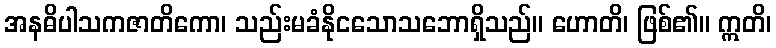
အနဓိပါသကဇာတိကော၊ သည်းမခံနိုငသောသဘောရှိသည်။ ဟောတိ၊ ဖြစ်၏။ ဣတိ၊